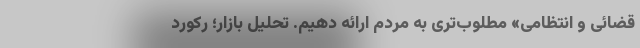
قضائی و انتظامی» مطلوب‌تری به مردم ارائه دهیم. تحلیل بازار؛ رکورد